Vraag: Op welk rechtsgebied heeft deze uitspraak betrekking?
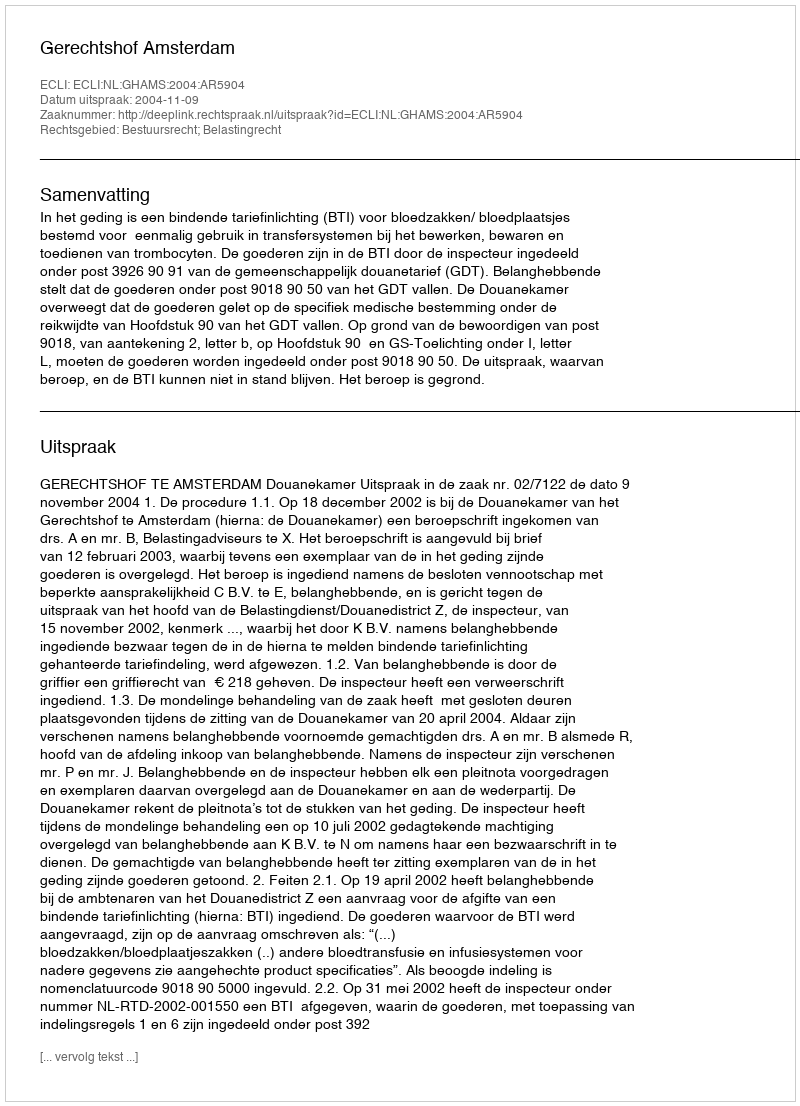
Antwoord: Bestuursrecht; Belastingrecht